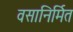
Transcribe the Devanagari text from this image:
वसानिर्मित